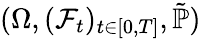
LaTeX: (\Omega,({\mathcal{F}}_{t})_{t\in[0,T]},{\tilde{\mathbb{P}}})